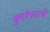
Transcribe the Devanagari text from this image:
कुर्रापाटचे